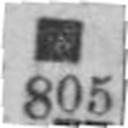
805